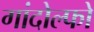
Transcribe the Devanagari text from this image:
गांदोल्फो